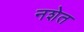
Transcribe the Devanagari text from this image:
नशेत